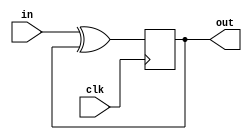
module top_module (
    input clk,
    input in, 
    output out);
    
    always@(posedge clk)
        out <= in ^ out;

endmodule